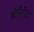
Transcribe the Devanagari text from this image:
बोर्नवीटा